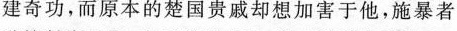
建奇功,而原本的楚国贵戚却想加害于他，施暴者